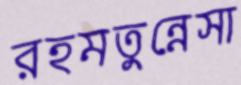
রহমতুন্নেসা